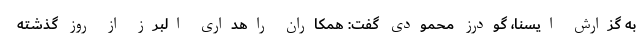
به گزارش ایسنا، گودرز محمودی گفت: همکاران راهداری البرز از روز گذشته